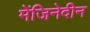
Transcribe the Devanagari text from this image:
मेंजिनेदीन